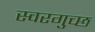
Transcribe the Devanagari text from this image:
स्वरगुच्छ